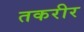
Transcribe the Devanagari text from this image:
तकरीर